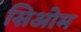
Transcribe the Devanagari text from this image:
सिओम